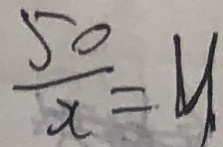
\frac { 5 0 } { x } = y